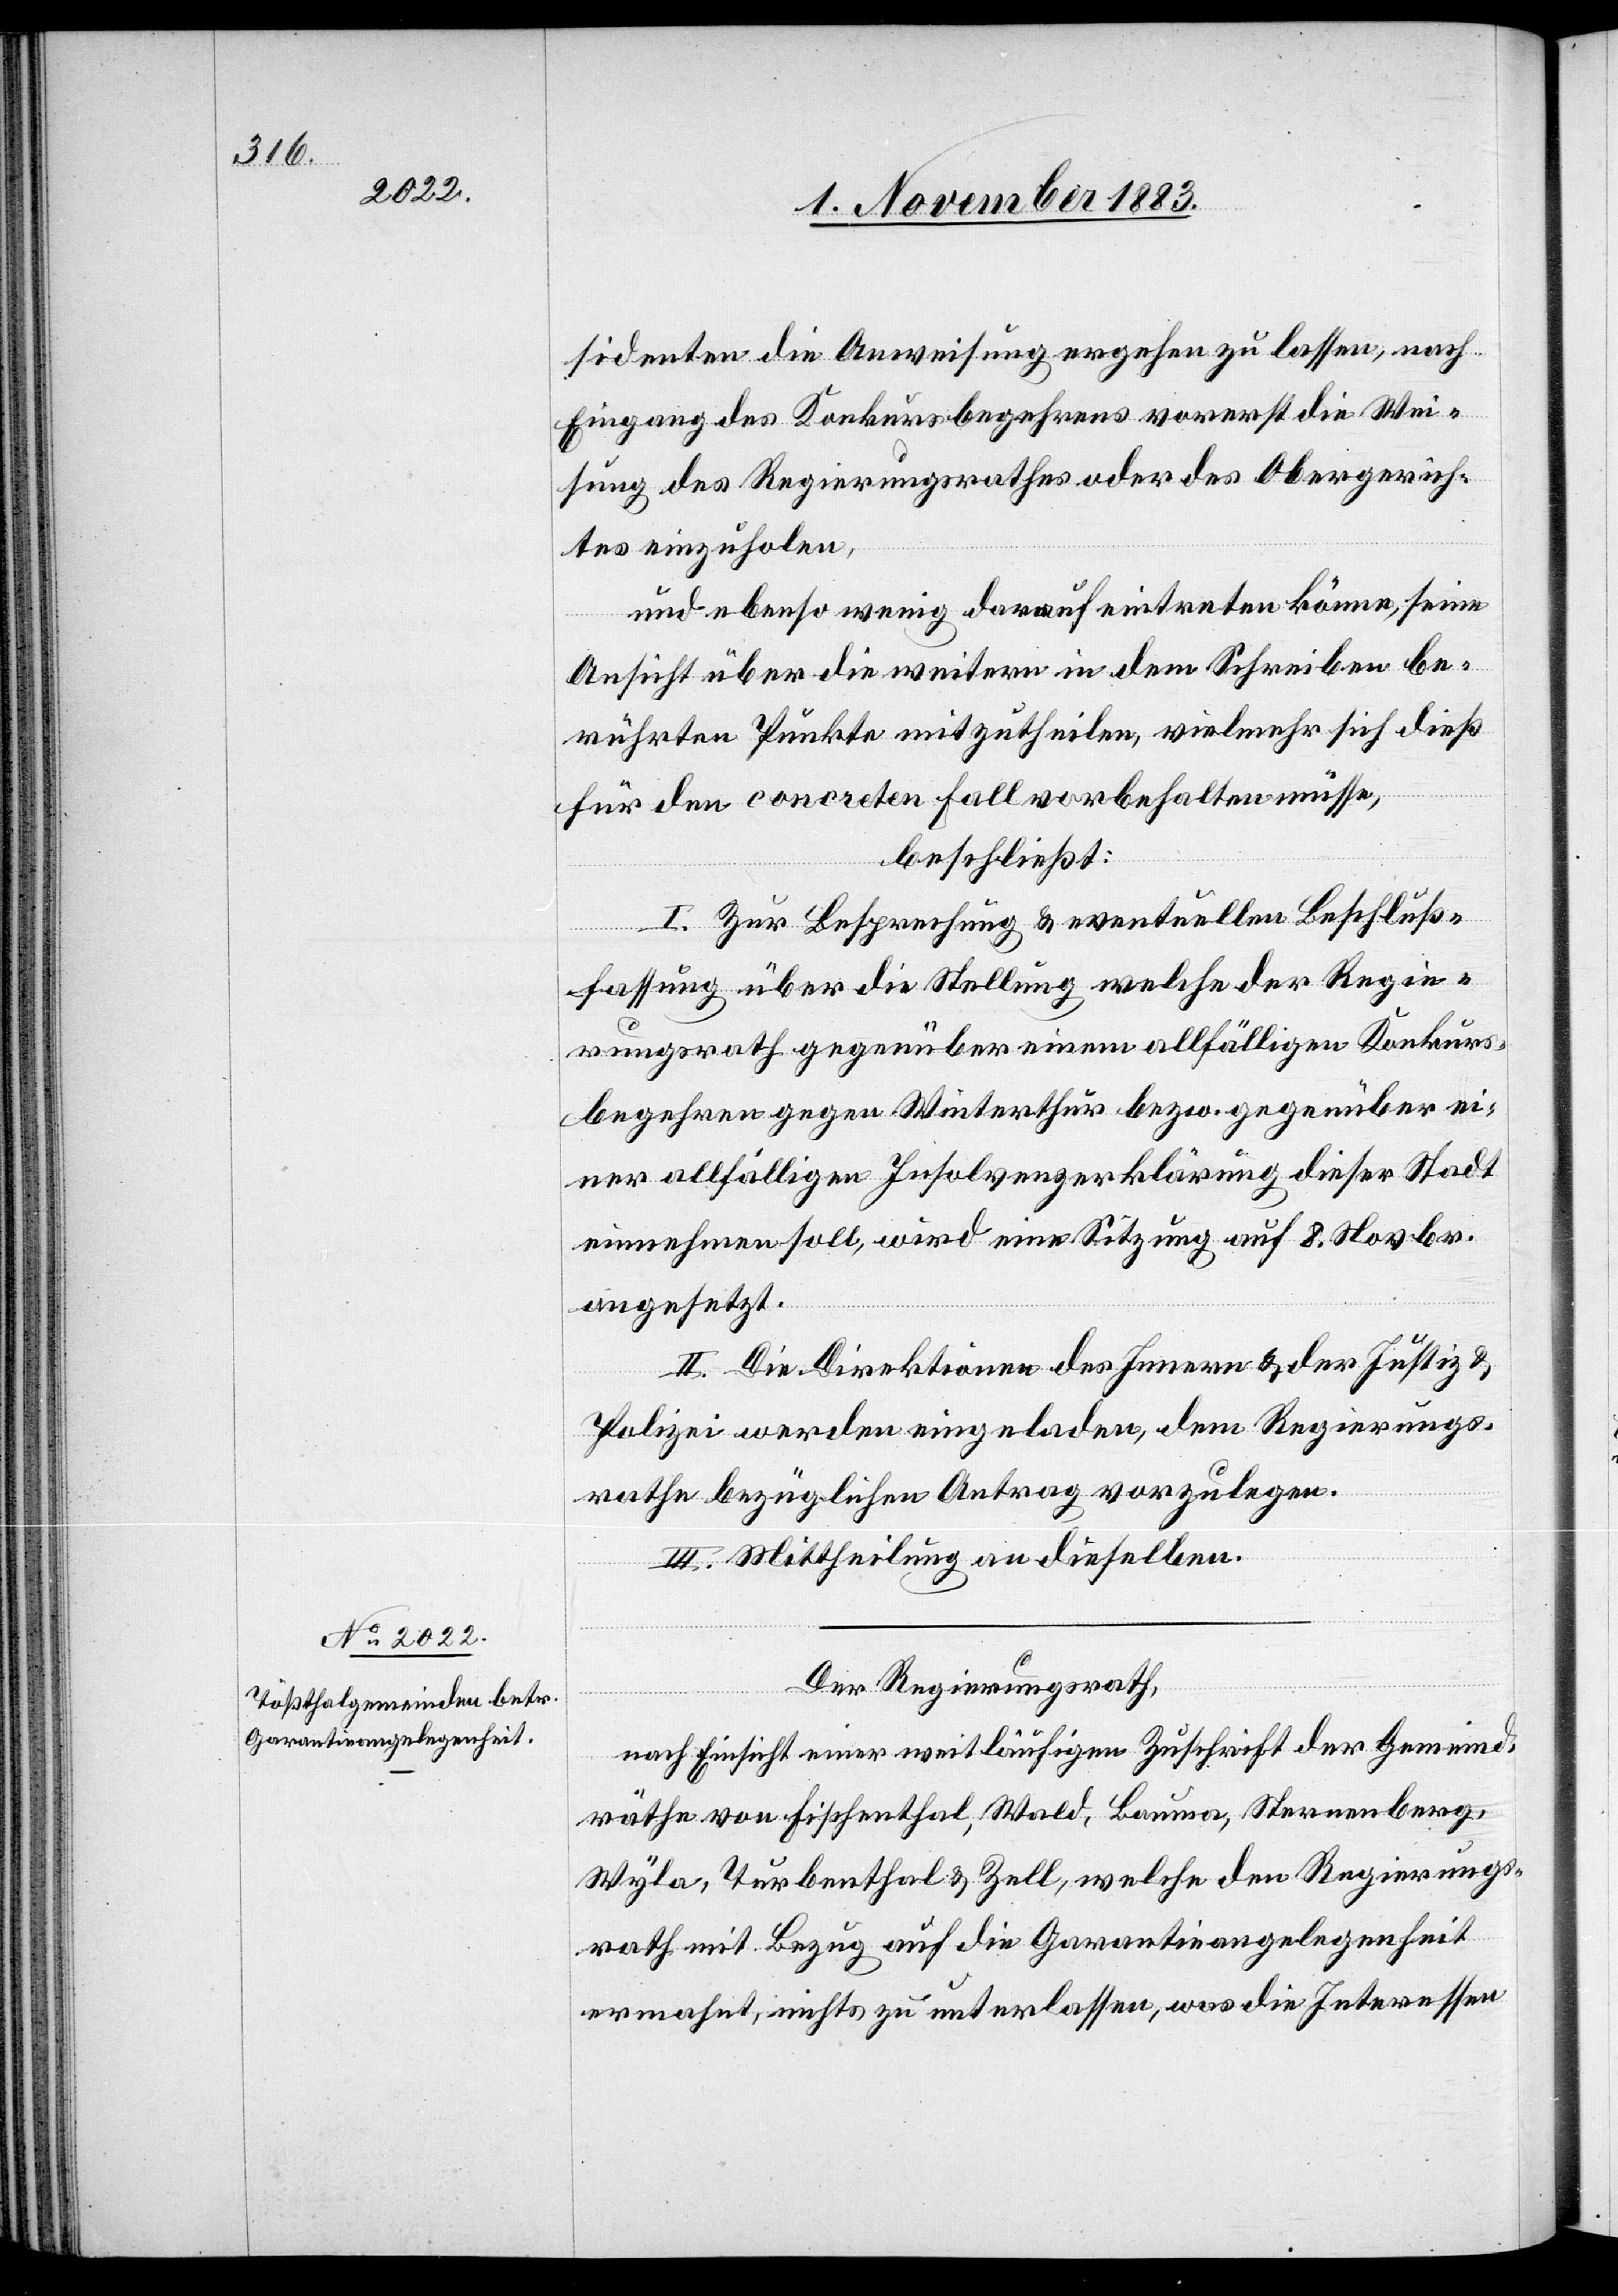
sidenten die Anweisung ergehen zu lassen, nach
Eingang des Konkursbegehrens vorerst die Wei¬
sung des Regierungsrathes oder des Obergerich¬
tes einzuholen,
und ebenso wenig darauf eintreten könne, seine
Ansicht über die weitern in dem Schreiben be¬
rührten Punkte mitzutheilen, vielmehr sich dieß
für den concreten Fall vorbehalten müsse,
beschließt:
I. Zur Besprechung & eventuellen Beschluß¬
fassung über die Stellung welche der Regie¬
rungsrath gegenüber einem allfälligen Konkurs¬
begehren gegen Winterthur bezw. gegenüber ei¬
ner allfälligen Insolvenzerklärung dieser Stadt
einnehmen soll, wird eine Sitzung auf 8. Novbr.
angesetzt.
II. die Direktionen des Innern & der Justiz &
Polizei werden eigeladen, dem Regierungs¬
rathe bezüglichen Antrag vorzulegen.
III. Mittheilung an dieselben.
Der Regierungsrath,
nach Einsicht einer weitläufigen Zuschrift der Gemeind¬
räthe von Fischenthal, Wald, Bauma, Sternenberg,
Wyla, Turbenthal & Zell, welche den Regierungs¬
rath mit Bezug auf die Garantieangelegenheit
ermahnt, nichts zu unterlassen, was die Interessen